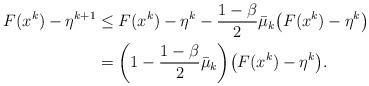
LaTeX: \begin{align*}F(x^k) - \eta^{k+1} &\le F(x^k) - \eta^k - \frac{1-\beta}{2}\bar{\mu}_k\big(F(x^k) - \eta^k\big)\\ &= \biggl(1-\frac{1-\beta}{2}\bar{\mu}_k\biggr)\big(F(x^k) - \eta^k\big).\end{align*}